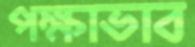
পক্ষাভাব